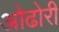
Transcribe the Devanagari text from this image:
ओढोरी